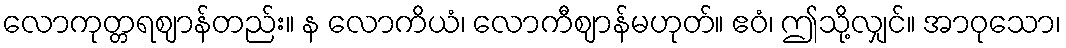
လောကုတ္တရဈာန်တည်း။ န လောကိယံ၊ လောကီဈာန်မဟုတ်။ ဧဝံ၊ ဤသို့လျှင်။ အာဝုသော၊